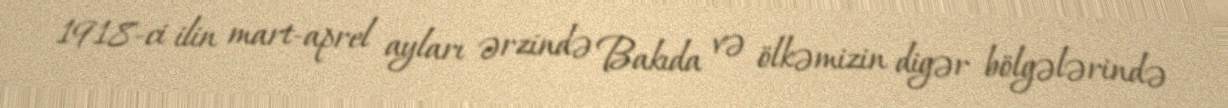
1918-ci ilin mart-aprel ayları ərzində Bakıda və ölkəmizin digər bölgələrində